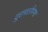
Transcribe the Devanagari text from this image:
दुरावलेपणा